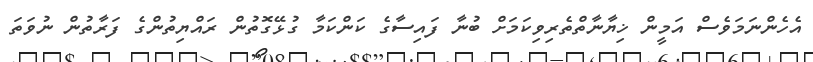
އެހެންނަމަވެސް އަމީން ޚިޔާނާތްތެރިވިކަމަށް ބުނާ ފައިސާގެ ކަންކަމާ ގުޅޭގޮތުން ރައްޔިތުންގެ ފަރާތުން ނުވަތަ